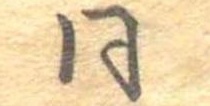
同